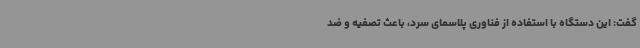
گفت: این دستگاه با استفاده از فناوری پلاسمای سرد، باعث تصفیه و ضد